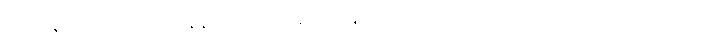
လုပ်ငန်းစုတစ်ခုလုံးအနေနဲ့ လာမယ့် ဆယ်စုနှစ်အတွင်းမှာ ဒေါ်လာဘီလီယံ တစ်ရာကျော်